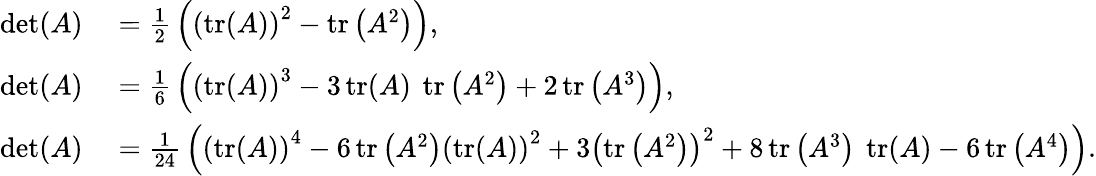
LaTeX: \begin{array}{rl}{\operatorname*{det}(A)}&{{}={\frac{1}{2}}\left(\left(\operatorname{tr}(A)\right)^{2}-\operatorname{tr}\left(A^{2}\right)\right),}\\ {\operatorname*{det}(A)}&{{}={\frac{1}{6}}\left(\left(\operatorname{tr}(A)\right)^{3}-3\operatorname{tr}(A)~\operatorname{tr}\left(A^{2}\right)+2\operatorname{tr}\left(A^{3}\right)\right),}\\ {\operatorname*{det}(A)}&{{}={\frac{1}{24}}\left(\left(\operatorname{tr}(A)\right)^{4}-6\operatorname{tr}\left(A^{2}\right)\left(\operatorname{tr}(A)\right)^{2}+3\left(\operatorname{tr}\left(A^{2}\right)\right)^{2}+8\operatorname{tr}\left(A^{3}\right)~\operatorname{tr}(A)-6\operatorname{tr}\left(A^{4}\right)\right).}\end{array}